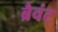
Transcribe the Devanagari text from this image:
ब्रैवंट